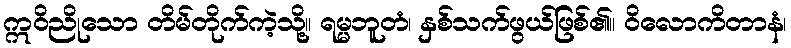
ဣဝိညိုသော တိမ်တိုက်ကဲ့သို့။ ရမ္မဘူတံ၊ နှစ်သက်ဖွယ်ဖြစ်၏။ ဝိလောကိတာနံ၊